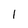
Character: 1